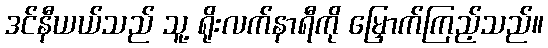
ဒင်နီယယ်သည် သူ့ ရိုးလက်နာရီကို မြှောက်ကြည့်သည်။